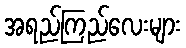
အရည်ကြည်လေးများ